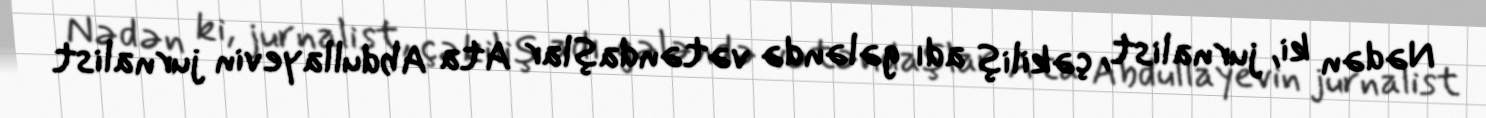
Nədən ki, jurnalist, çəkiliş adı gələndə vətəndaşlar Ata Abdullayevin jurnalist